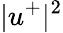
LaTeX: |u^{+}|^{2}